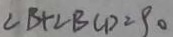
\angle B + \angle B C D = 9 0